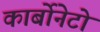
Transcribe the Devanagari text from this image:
कार्बोनेटो